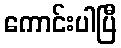
ကောင်းပါပြီ